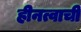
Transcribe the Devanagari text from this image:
हीनत्वाची